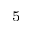
^ 5